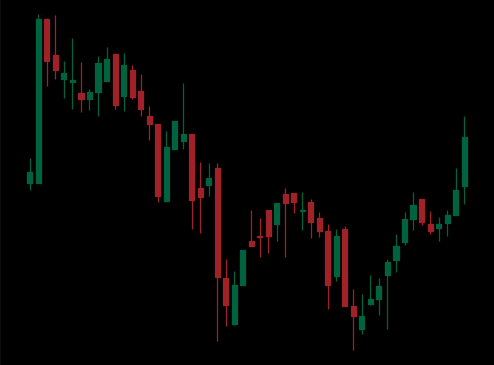
Pattern: bull_flag